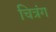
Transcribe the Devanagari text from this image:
चित्रंग